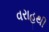
વરાહથી